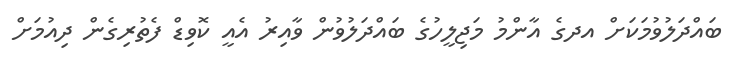
ބައްދަލުވުމަކަށް އދގެ އާންމު މަޖިލީހުގެ ބައްދަލުވުން ވާއިރު އެއީ ކޮވިޑް ފެތުރިގެން ދިއުމަށް